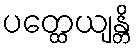
ပတ္ထေယျန္တိ